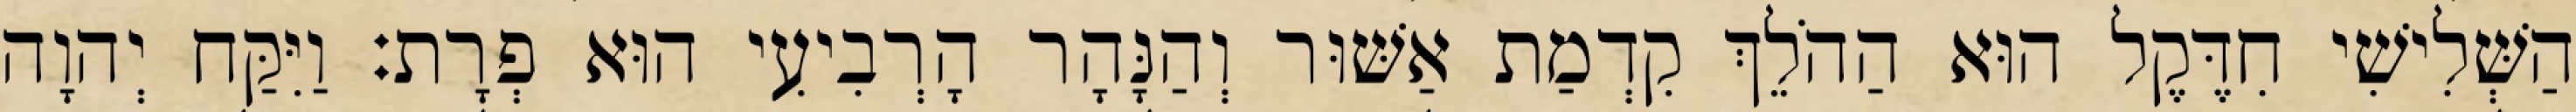
הַשְּׁלִישִׁי חִדֶּקֶל הוּא הַהֹלֵךְ קִדְמַת אַשּׁוּר וְהַנָּהָר הָרְבִיעִי הוּא פְרָת׃ וַיִּקַּח יְהוָה